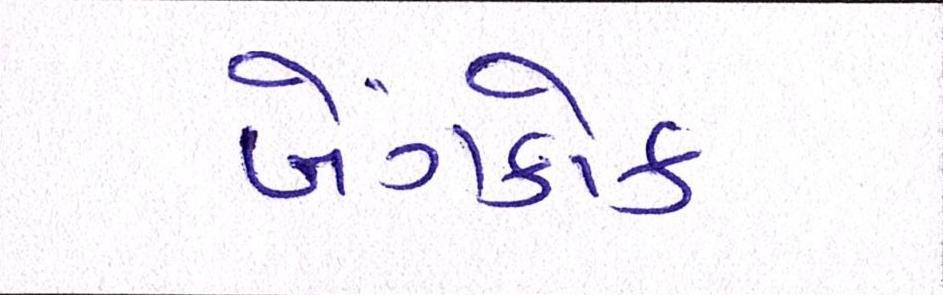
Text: બેંગકોક